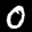
Label: 0